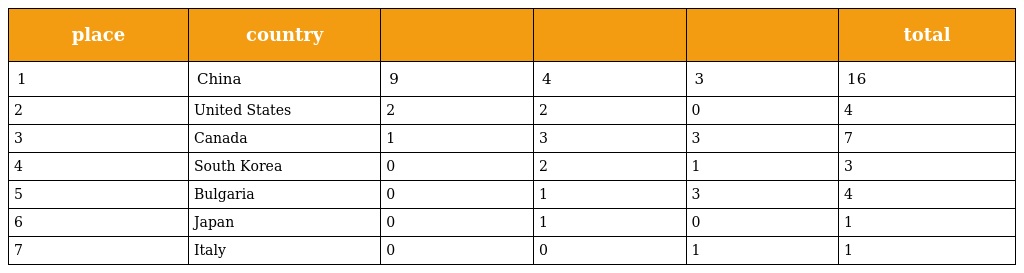
| place | country |  |  |  | total |
 | --- | --- | --- | --- | --- | --- |
 | 1 | China | 9 | 4 | 3 | 16 |
 | 2 | United States | 2 | 2 | 0 | 4 |
 | 3 | Canada | 1 | 3 | 3 | 7 |
 | 4 | South Korea | 0 | 2 | 1 | 3 |
 | 5 | Bulgaria | 0 | 1 | 3 | 4 |
 | 6 | Japan | 0 | 1 | 0 | 1 |
 | 7 | Italy | 0 | 0 | 1 | 1 |